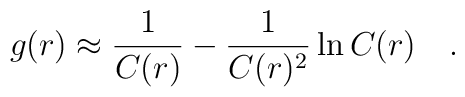
g(r)\approx \frac{1}{C(r)}-\frac{1}{C(r)^2}\ln C(r)\quad .